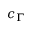
c _ { \Gamma }